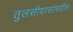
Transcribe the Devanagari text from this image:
तुलसीदासांवरील